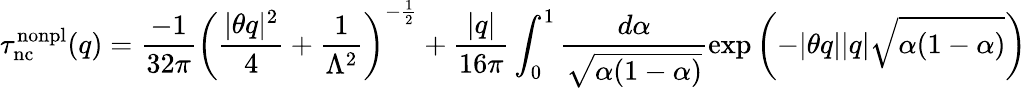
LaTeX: \tau_{\mathrm{nc}}^{\mathrm{nonpl}}(q)=\frac{-1}{32\pi}\left(\frac{|\theta q|^{2}}{4}+\frac{1}{\Lambda^{2}}\right)^{-\frac 12}+\frac{|q|}{16\pi}\int_{0}^{1}\frac{d\alpha}{\sqrt{\alpha(1-\alpha)}}\exp\left(-|\theta q||q|\sqrt{\alpha(1-\alpha)}\right)